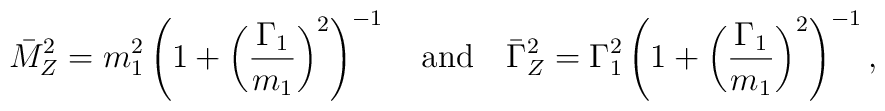
\bar M_Z^2=m_1^2      \left( 1+\left(\frac{\Gamma_1}{m_1}\right)^2\right)^{-1}      \quad {\rm and} \quad       \bar\Gamma_Z^2=\Gamma_1^2     \left(1+\left(\frac{\Gamma_1}{m_1}\right)^2\right)^{-1},